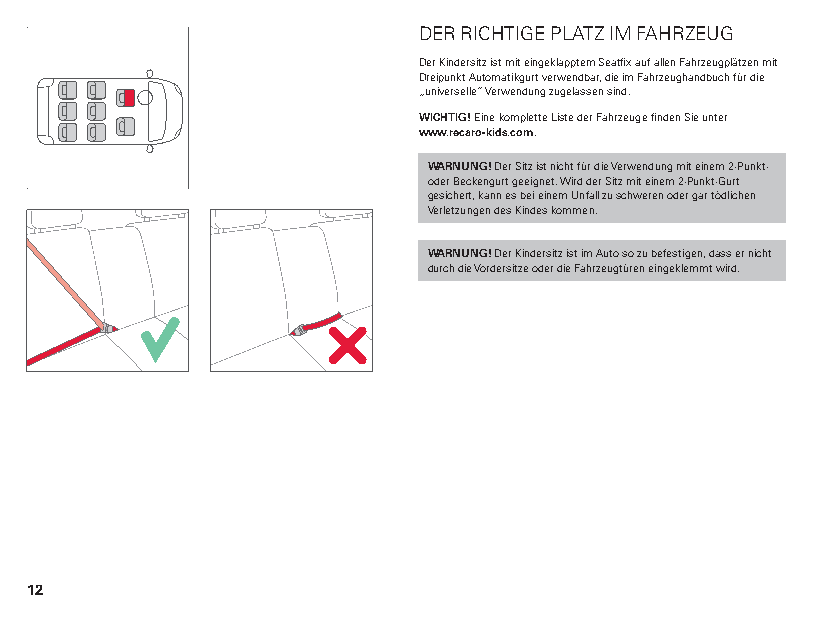
DER RICHTIGE PLATZ IM FAHRZEUG
 Der Kindersitz ist mit eingeklapptem Seatfix auf allen Fahrzeugplätzen mit
 Dreipunkt Automatikgurt verwendbar, die im Fahrzeughandbuch für die
 „universelle“ Verwendung zugelassen sind.
 WICHTIG! Eine komplette Liste der Fahrzeuge finden Sie unter
 www.recaro-kids.com.
 WARNUNG! Der Sitz ist nicht für die Verwendung mit einem 2-Punkt-
 oder Beckengurt geeignet. Wird der Sitz mit einem 2-Punkt-Gurt
 gesichert, kann es bei einem Unfall zu schweren oder gar tödlichen
 Verletzungen des Kindes kommen.
 WARNUNG! Der Kindersitz ist im Auto so zu befestigen, dass er nicht
 durch die Vordersitze oder die Fahrzeugtüren eingeklemmt wird.
 12